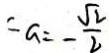
= a = - \frac { \sqrt { 2 } } { 2 }